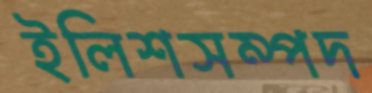
ইলিশসম্পদ